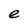
Character: e